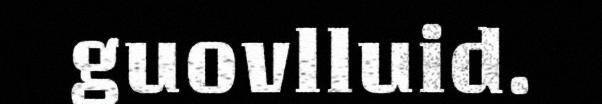
guovlluid.